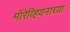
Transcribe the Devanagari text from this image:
मॉरेव्हियनाच्या